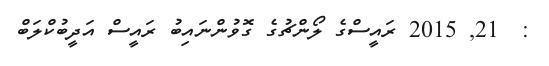
:  21